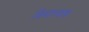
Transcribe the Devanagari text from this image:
विथाल्दास